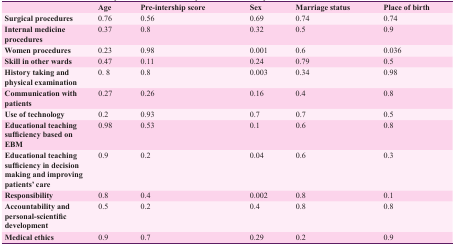
<table><thead><tr><td></td><td><b>Age</b></td><td><b>Pre-intership score</b></td><td><b>Sex</b></td><td><b>Marriage status</b></td><td><b>Place of birth</b></td></tr></thead><tbody><tr><td><b>Surgical procedures</b></td><td> 0.76 </td><td> 0.56 </td><td> 0.69 </td><td> 0.74 </td><td> 0.74 </td></tr><tr><td><b>Internal medicine procedures</b></td><td> 0.37 </td><td> 0.8 </td><td> 0.32 </td><td> 0.5 </td><td> 0.9 </td></tr><tr><td><b>Women procedures</b></td><td> 0.23 </td><td> 0.98 </td><td> 0.001 </td><td> 0.6 </td><td> 0.036 </td></tr><tr><td><b>Skill in other wards</b></td><td> 0.47 </td><td> 0.11 </td><td> 0.24 </td><td> 0.79 </td><td> 0.5 </td></tr><tr><td><b>History taking and physical examination</b></td><td> 0. 8 </td><td> 0.8 </td><td> 0.003 </td><td> 0.34 </td><td> 0.98 </td></tr><tr><td><b>Communication with patients</b></td><td> 0.27 </td><td> 0.26 </td><td> 0.16 </td><td> 0.4 </td><td> 0.8 </td></tr><tr><td><b>Use of technology</b></td><td> 0.2 </td><td> 0.93 </td><td> 0.7 </td><td> 0.7 </td><td> 0.5 </td></tr><tr><td><b>Educational teaching sufficiency based on EBM</b></td><td> 0.98 </td><td> 0.53 </td><td> 0.1 </td><td> 0.6 </td><td> 0.8 </td></tr><tr><td><b>Educational teaching sufficiency in decision making and improving patients’ care</b></td><td> 0.9 </td><td> 0.2 </td><td> 0.04 </td><td> 0.6 </td><td> 0.3 </td></tr><tr><td><b>Responsibility</b></td><td> 0.8 </td><td> 0.4 </td><td> 0.002 </td><td> 0.8 </td><td> 0.1 </td></tr><tr><td><b>Accountability and personal-scientific development</b></td><td> 0.5 </td><td> 0.2 </td><td> 0.4 </td><td> 0.8 </td><td> 0.8 </td></tr><tr><td><b>Medical ethics</b></td><td> 0.9 </td><td> 0.7 </td><td> 0.29 </td><td> 0.2 </td><td> 0.9 </td></tr></tbody></table>